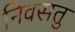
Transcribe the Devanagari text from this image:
निवसतु